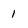
Character: 1